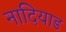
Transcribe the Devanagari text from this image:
नादियाड